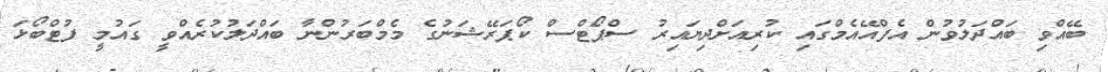
ބޭއްވި ބައްދަލުވުން އެފްއޭއެމްގައި ކުރިއަށްދިޔައިރު ސްޕޯޓްސް ކޯޕަރޭޝަނުގެ މެމްބަރުންނާ ބައްދަލުކުރެއްވީ ގައުމީ ފުޓްބޯޅަ